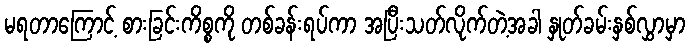
မရတာကြောင့် စားခြင်းကိစ္စကို တစ်ခန်းရပ်ကာ အပြီးသတ်လိုက်တဲ့အခါ နှုတ်ခမ်းနှစ်လွှာမှာ